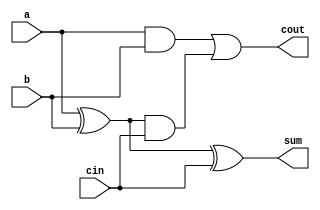
`timescale 1ns/1ps

module add_1(cout,sum,a,b,cin);

output cout;
output sum;

input a;
input b;
input cin;

wire w1;
wire w2;
wire w3;

xor g1 (sum,a,b,cin);
xor g2 (w1,a,b);
and g3 (w2,a,b);
and g4 (w3,w1,cin);
or g5 (cout,w2,w3);

endmodule